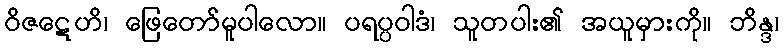
ဝိဇဋေဟိ၊ ဖြေတော်မူပါလော။ ပရပ္ပဝါဒံ၊ သူတပါး၏ အယူမှားကို။ ဘိန္ဒ၊